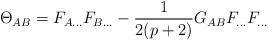
\begin{align*}\Theta _{AB}=F_{A...}F_{B...}-\frac{1}{2(p+2)}G_{AB}F_{...}F_{...}\end{align*}